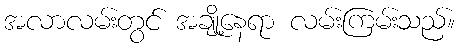
အလာလမ်းတွင် အချို့နေရာ လမ်းကြမ်းသည်။